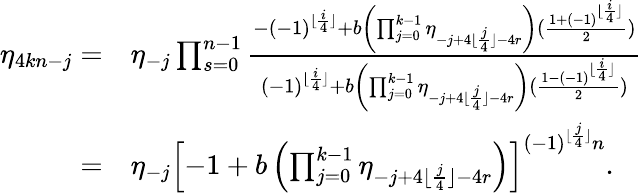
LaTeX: \begin{array}{rl}{\eta_{4kn-j}=}&{\eta_{-j}\prod_{s=0}^{n-1}\frac{-(-1)^{\lfloor\frac{i}{4}\rfloor}+b\left(\prod_{j=0}^{k-1}{\eta_{-j+4\lfloor\frac{j}{4}\rfloor-4r}}\right)(\frac{1+(-1)^{\lfloor\frac{i}{4}\rfloor}}{2})}{(-1)^{\lfloor\frac{i}{4}\rfloor}+b\left(\prod_{j=0}^{k-1}{\eta_{-j+4\lfloor\frac{j}{4}\rfloor-4r}}\right)(\frac{1-(-1)^{\lfloor\frac{i}{4}\rfloor}}{2})}}\\ {=}&{\eta_{-j}\left[-1+b\left(\prod_{j=0}^{k-1}{\eta_{-j+4\lfloor\frac{j}{4}\rfloor-4r}}\right)\right]^{(-1)^{\lfloor\frac{j}{4}\rfloor}n}.}\end{array}